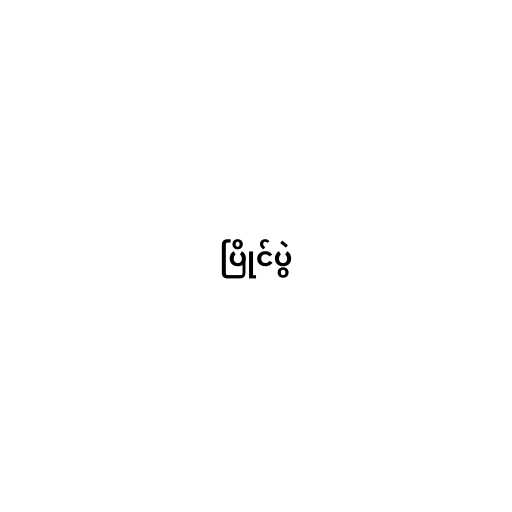
ပြိုင်ပွဲ